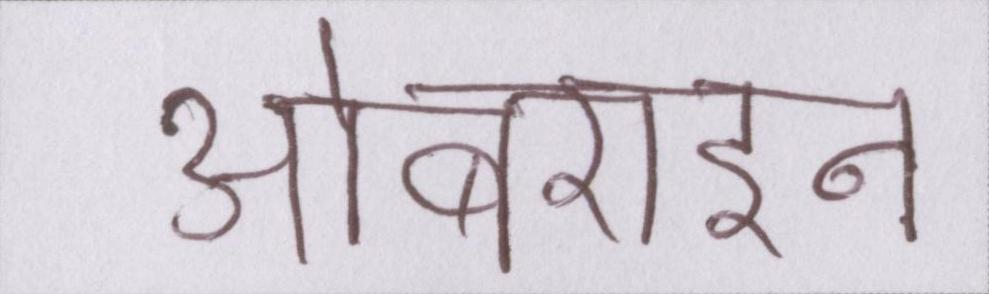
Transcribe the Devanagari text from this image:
ओबराइन